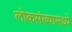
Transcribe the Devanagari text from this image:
लोकसंख्यामध्ये